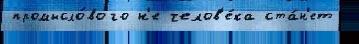
промысло́вого н'е челов'е́ка ста́н'ет